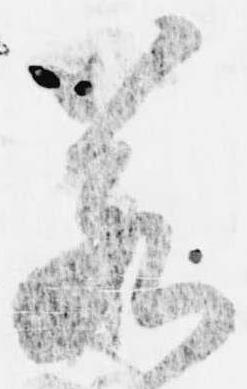
若